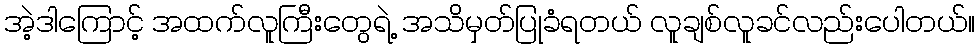
အဲ့ဒါကြောင့် အထက်လူကြီးတွေရဲ့ အသိမှတ်ပြုခံရတယ် လူချစ်လူခင်လည်းပေါတယ်။